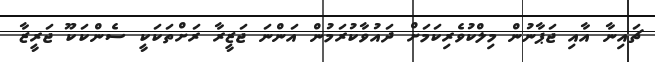
ޗައިނާ އާއި ޖަޕާނުން މިލްކުވެރިކަމަށް ދައުވާކުރަމުން އަންނަ ޖަޒީރާ ރަށްތަކަކީ ސެންކަކޫ ޖަރީޒާ